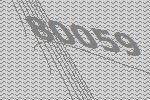
80059